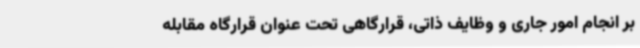
بر انجام امور جاری و وظایف ذاتی، قرارگاهی تحت عنوان قرارگاه مقابله